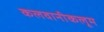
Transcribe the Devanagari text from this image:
कलवानीकलूम